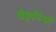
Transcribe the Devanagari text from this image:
वेष्टनियों